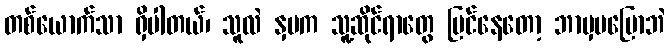
တစ်ယောက်သာ ရှိပါတယ်၊ သူလဲ နှမက သူ့ဆိုင်ရာတွေ ပြင်နေတော့ ဘာမှမပြောဘဲ